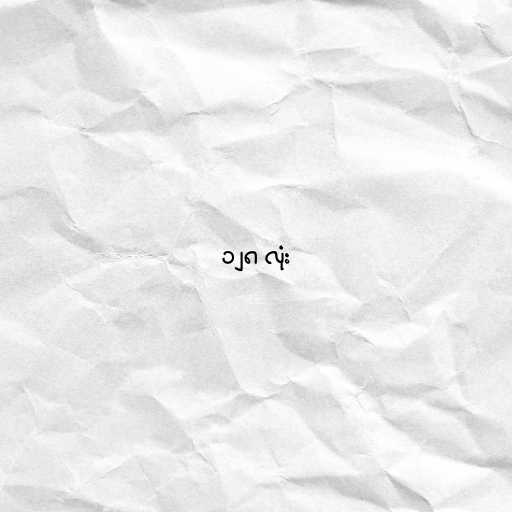
၁၂၈ လုံး